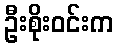
ဦးစိုးဝင်းက